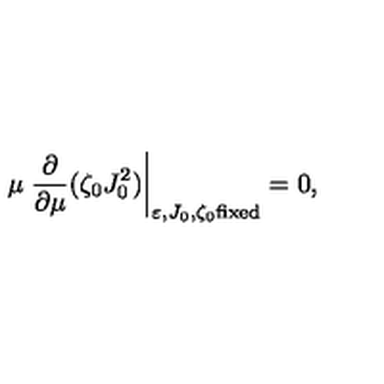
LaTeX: \mu \left. \frac { \partial } { \partial \mu } ( \zeta _ { 0 } J _ { 0 } ^ { 2 } ) \right| _ { \varepsilon , J _ { 0 } , \zeta _ { 0 } \mathrm { f i x e d } } = 0 ,